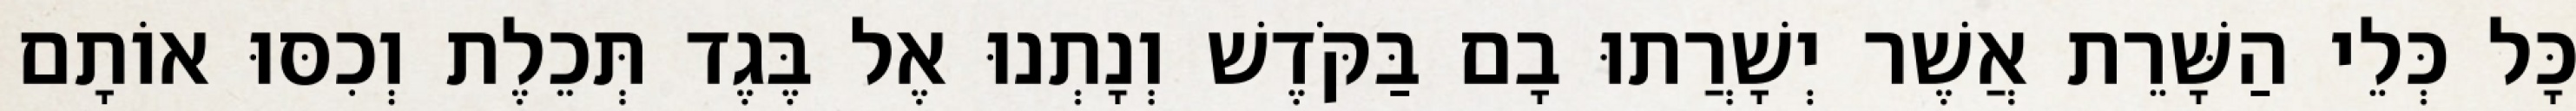
כָּל כְּלֵי הַשָּׁרֵת אֲשֶׁר יְשָׁרֲתוּ בָם בַּקֹּדֶשׁ וְנָתְנוּ אֶל בֶּגֶד תְּכֵלֶת וְכִסּוּ אוֹתָם